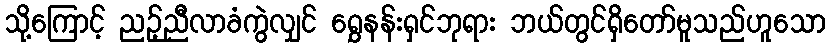
သို့ကြောင့် ညဉ့်ညီလာခံကွဲလျှင် ရွှေနန်းရှင်ဘုရား ဘယ်တွင်ရှိတော်မူသည်ဟူသော